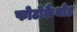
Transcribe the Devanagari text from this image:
फोटोकैथोड